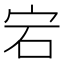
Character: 宕